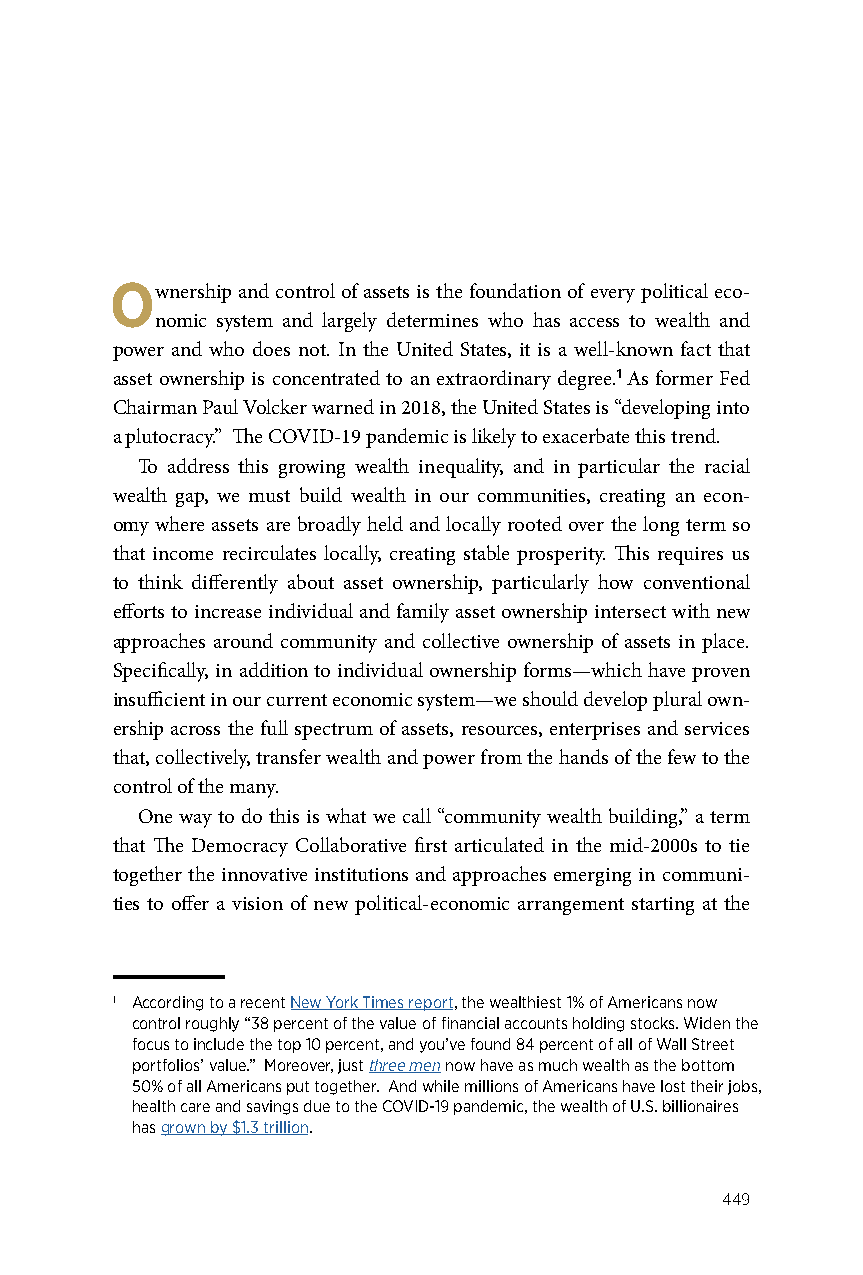
Ownership and control of assets is the foundation of every political eco-
 nomic system and largely determines who has access to wealth and
 power and who does not. In the United States, it is a well-known fact that
 asset ownership is concentrated to an extraordinary degree.1 As former Fed
 Chairman Paul Volcker warned in 2018, the United States is “developing into
 a plutocracy.” The COVID-19 pandemic is likely to exacerbate this trend.
 To address this growing wealth inequality, and in particular the racial
 wealth gap, we must build wealth in our communities, creating an econ-
 omy where assets are broadly held and locally rooted over the long term so
 that income recirculates locally, creating stable prosperity. This requires us
 to think differently about asset ownership, particularly how conventional
 efforts to increase individual and family asset ownership intersect with new
 approaches around community and collective ownership of assets in place.
 Specifically, in addition to individual ownership forms—which have proven
 insufficient in our current economic system—we should develop plural own-
 ership across the full spectrum of assets, resources, enterprises and services
 that, collectively, transfer wealth and power from the hands of the few to the
 control of the many.
 One way to do this is what we call “community wealth building,” a term
 that The Democracy Collaborative first articulated in the mid-2000s to tie
 together the innovative institutions and approaches emerging in communi-
 ties to offer a vision of new political-economic arrangement starting at the
 1 According to a recent New York Times report, the wealthiest 1% of Americans now
 control roughly “38 percent of the value of financial accounts holding stocks. Widen the
 focus to include the top 10 percent, and you’ve found 84 percent of all of Wall Street
 portfolios’ value.” Moreover, just three men now have as much wealth as the bottom
 50% of all Americans put together. And while millions of Americans have lost their jobs,
 health care and savings due to the COVID-19 pandemic, the wealth of U.S. billionaires
 has grown by $1.3 trillion.
 449